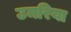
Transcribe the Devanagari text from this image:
उमरिया